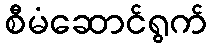
စီမံဆောင်ရွက်